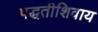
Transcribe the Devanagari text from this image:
पद्धतीशिवाय